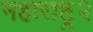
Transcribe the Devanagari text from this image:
महाराष्ट्र२